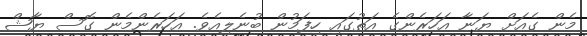
މެން ގެއަށް ޔަނާ އަހަރެންގެ އަތުގައި ހިފަމުން ބުނެލިއެވެ. އަހަރެންމެން ގޮސް ޔާޝް